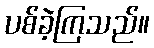
ပစ်ခဲ့ကြသည်။